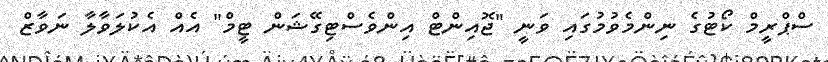
ސްޕްރީމް ކޯޓުގެ ނިންމެވުމުގައި ވަނީ "ޖޮއިންޓް އިންވެސްޓިގޭޝަން ޓީމް" އެއް އެކުލަވާލާ ނަވާޒް